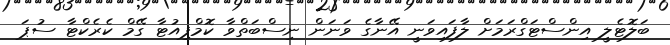
ބަލޮޓެލީ އިންސްޓަގްރަމަށް ލާފައިވަނީ އޭނާގެ ވަނަން ނިސްބަތްވާ ކޮމްޕިއުޓާ ގޭމް ކެރެކްޓާ ސުޕަ